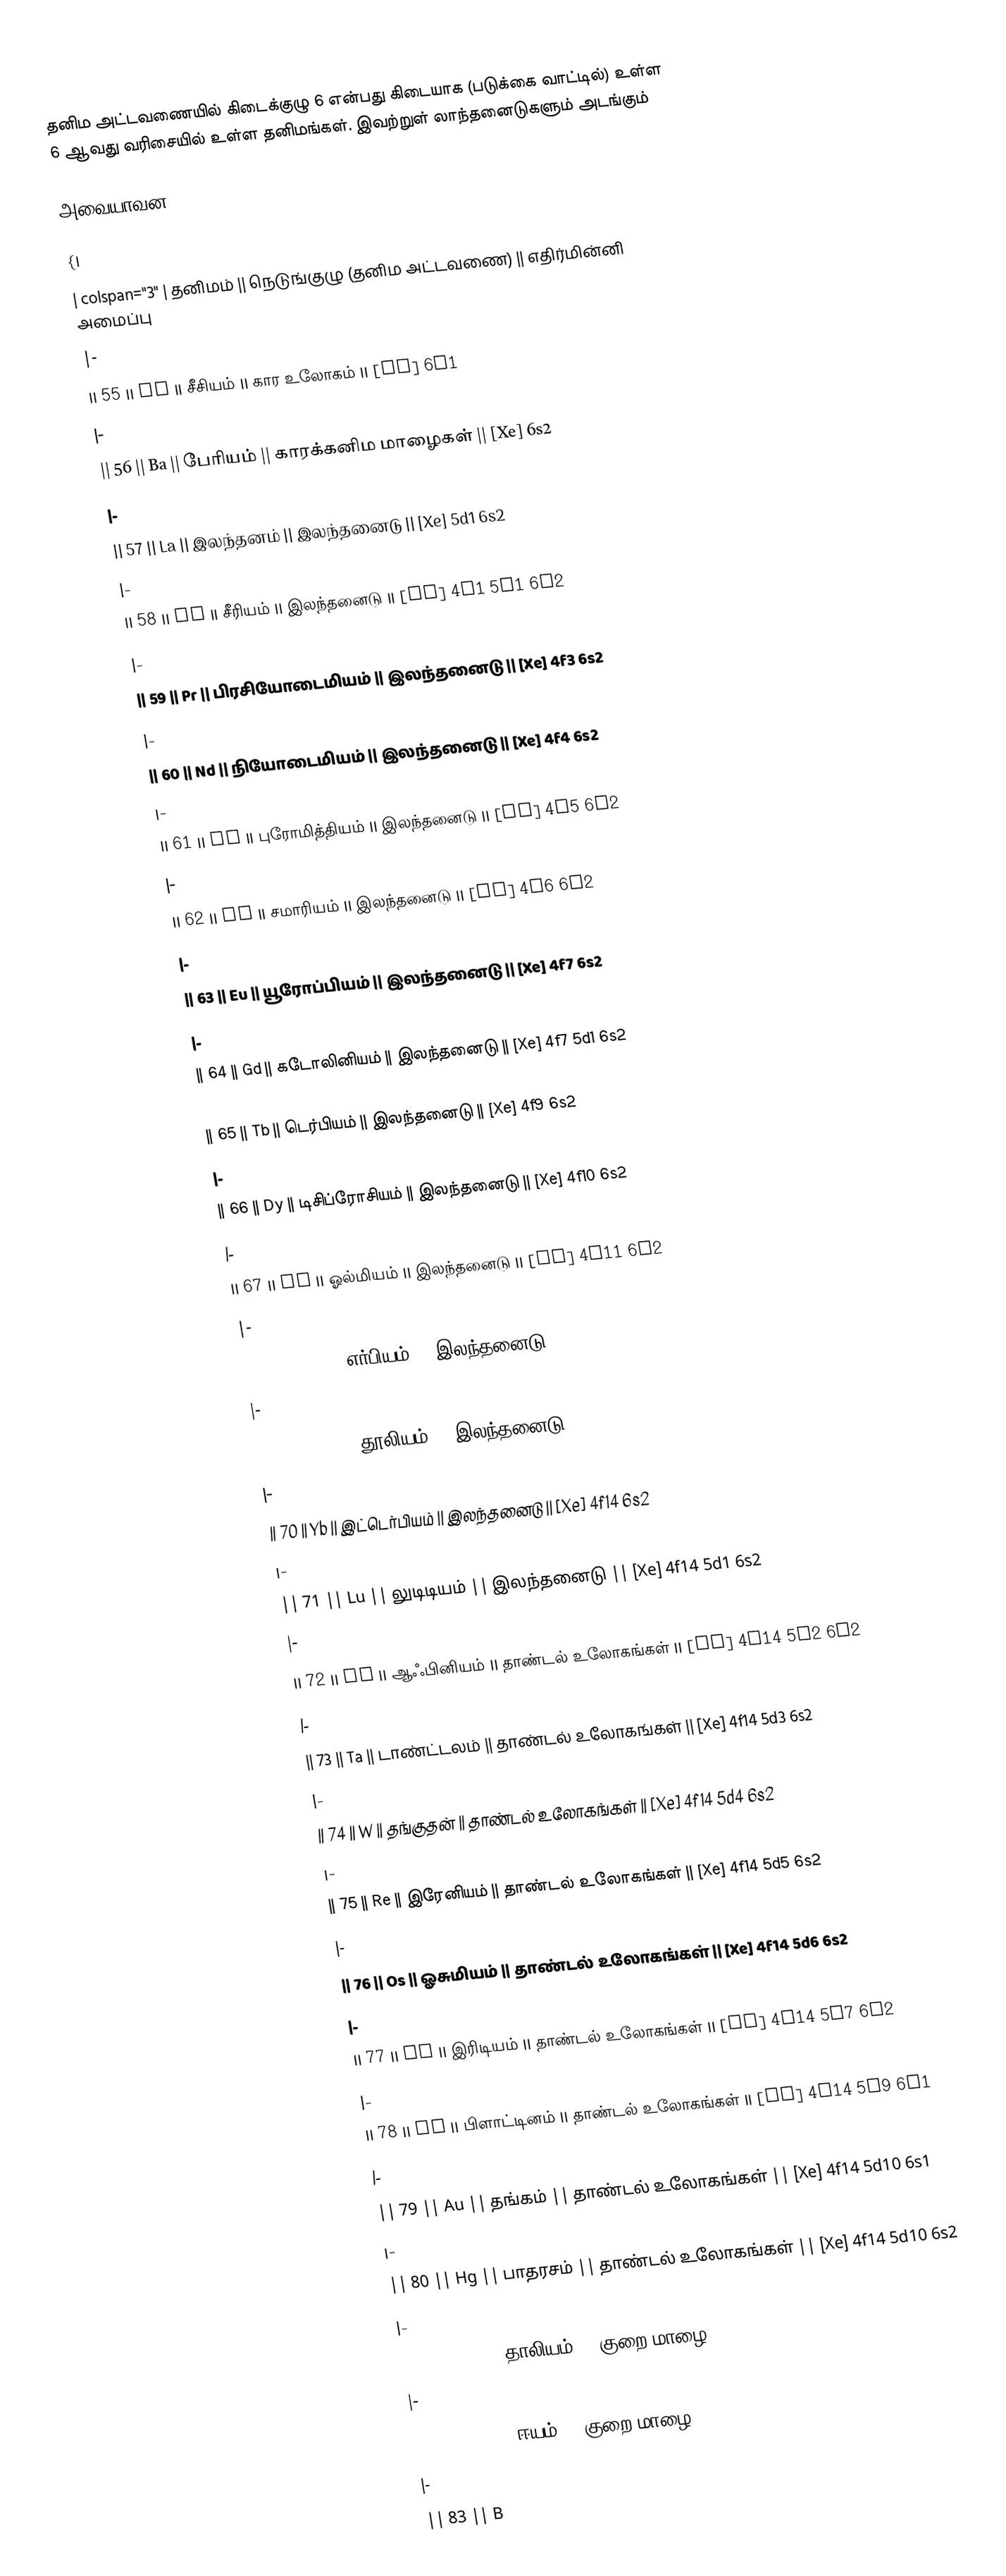
தனிம அட்டவணையில் கிடைக்குழு 6 என்பது கிடையாக (படுக்கை வாட்டில்) உள்ள 6 ஆவது வரிசையில் உள்ள தனிமங்கள். இவற்றுள் லாந்தனைடுகளும் அடங்கும்

அவையாவன:

{|
| colspan="3" | தனிமம் || நெடுங்குழு (தனிம அட்டவணை) || எதிர்மின்னி அமைப்பு
|-
|| 55  || Cs || சீசியம் || கார உலோகம் || [Xe] 6s1
|-
|| 56  || Ba || பேரியம் || காரக்கனிம மாழைகள் || [Xe] 6s2
|-
|| 57 || La || இலந்தனம் || இலந்தனைடு  || [Xe] 5d1 6s2
|-
|| 58 || Ce || சீரியம் || இலந்தனைடு || [Xe] 4f1 5d1 6s2
|-
|| 59 || Pr || பிரசியோடைமியம் || இலந்தனைடு || [Xe] 4f3 6s2
|-
|| 60 || Nd || நியோடைமியம் || இலந்தனைடு || [Xe] 4f4 6s2
|-
|| 61 || Pm || புரோமித்தியம் || இலந்தனைடு || [Xe] 4f5 6s2
|-
|| 62 || Sm || சமாரியம் || இலந்தனைடு || [Xe] 4f6 6s2
|-
|| 63 || Eu || யூரோப்பியம் || இலந்தனைடு || [Xe] 4f7 6s2
|-
|| 64 || Gd || கடோலினியம் || இலந்தனைடு || [Xe] 4f7 5d1 6s2
|-
|| 65 || Tb || டெர்பியம் || இலந்தனைடு || [Xe] 4f9 6s2
|-
|| 66 || Dy || டிசிப்ரோசியம் || இலந்தனைடு || [Xe] 4f10 6s2
|-
|| 67 || Ho || ஓல்மியம் || இலந்தனைடு || [Xe] 4f11 6s2
|-
|| 68 || Er || எர்பியம் || இலந்தனைடு || [Xe] 4f12 6s2
|-
|| 69 || Tm || தூலியம் || இலந்தனைடு || [Xe] 4f13 6s2
|-
|| 70 || Yb || இட்டெர்பியம் || இலந்தனைடு || [Xe] 4f14 6s2
|-
|| 71  || Lu || லுடிடியம் || இலந்தனைடு  || [Xe] 4f14 5d1 6s2
|-
|| 72  || Hf || ஆஃபினியம் || தாண்டல் உலோகங்கள் || [Xe] 4f14 5d2 6s2
|-
|| 73  || Ta || டாண்ட்டலம் || தாண்டல் உலோகங்கள் || [Xe] 4f14 5d3 6s2
|-
|| 74  || W || தங்குதன் || தாண்டல் உலோகங்கள் || [Xe] 4f14 5d4 6s2
|-
|| 75  || Re || இரேனியம் || தாண்டல் உலோகங்கள் || [Xe] 4f14 5d5 6s2
|-
|| 76 || Os || ஓசுமியம் || தாண்டல் உலோகங்கள் || [Xe] 4f14 5d6 6s2
|-
|| 77 || Ir || இரிடியம் || தாண்டல் உலோகங்கள் || [Xe] 4f14 5d7 6s2
|-
|| 78 || Pt || பிளாட்டினம் || தாண்டல் உலோகங்கள் || [Xe] 4f14 5d9 6s1
|-
|| 79 || Au || தங்கம் || தாண்டல் உலோகங்கள் || [Xe] 4f14 5d10 6s1
|-
|| 80 || Hg || பாதரசம் || தாண்டல் உலோகங்கள் || [Xe] 4f14 5d10 6s2
|-
|| 81 || Tl || தாலியம் || குறை மாழை || [Xe] 4f14 5d10 6s2 6p1
|-
|| 82 || Pb || ஈயம் || குறை மாழை || [Xe] 4f14 5d10 6s2 6p2
|-
|| 83 || B